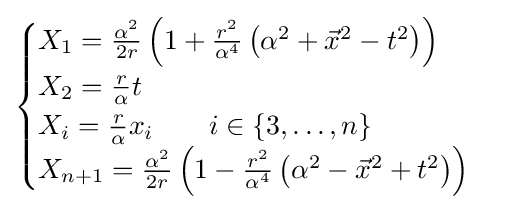
{\begin{cases}X_{1}={\frac {\alpha ^{2}}{2r}}\left(1+{\frac {r^{2}}{\alpha ^{4}}}\left(\alpha ^{2}+{\vec {x}}^{2}-t^{2}\right)\right)\\X_{2}={\frac {r}{\alpha }}t\\X_{i}={\frac {r}{\alpha }}x_{i}\qquad i\in \{3,\ldots ,n\}\\X_{n+1}={\frac {\alpha ^{2}}{2r}}\left(1-{\frac {r^{2}}{\alpha ^{4}}}\left(\alpha ^{2}-{\vec {x}}^{2}+t^{2}\right)\right)\end{cases}}